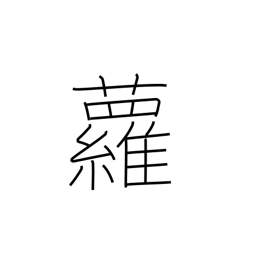
Meaning: ivy